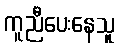
ကူညီပေးနေသူ